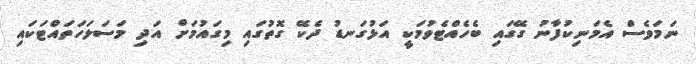
ނަމަވެސް އެމަނިކުފާނު ގޭގައި ބެހެއްޓެވުމަކީ އަޅުގަނޑު ދެކޭ ގޮތުގައި މިގައުމަށް އަދި މަސަލަހަތައްޓަކައި